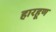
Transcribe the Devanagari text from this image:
हारहूण